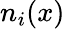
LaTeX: n_{i}(x)